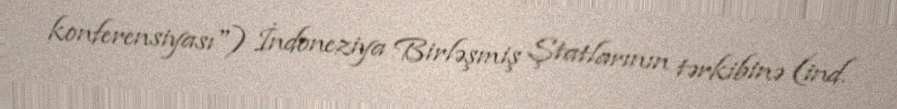
konferensiyası") İndoneziya Birləşmiş Ştatlarının tərkibinə (ind.